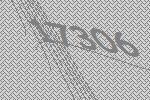
17306